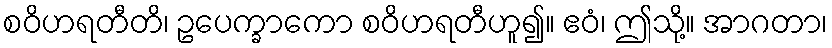
စဝိဟရတီတိ၊ ဥပေက္ခာကော စဝိဟရတီဟူ၍။ ဧဝံ၊ ဤသို့။ အာဂတာ၊